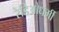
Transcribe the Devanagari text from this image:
रेडिओधर्मी